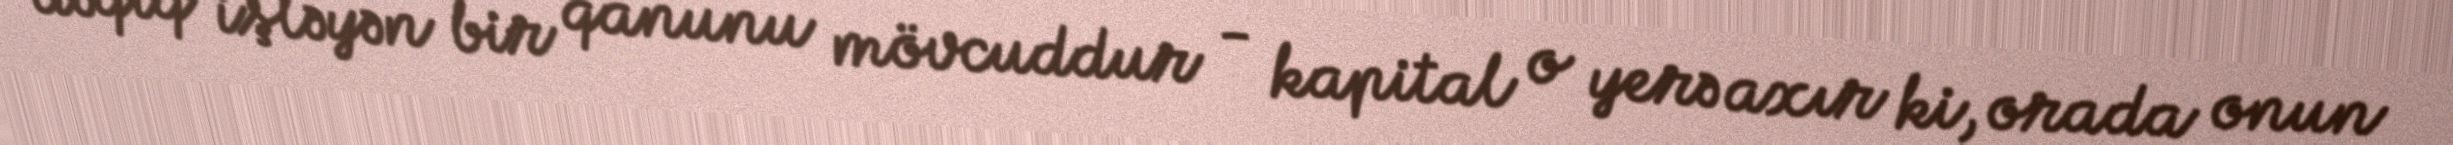
dəqiq işləyən bir qanunu mövcuddur - kapital o yerə axır ki, orada onun